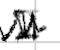
Text: II
Cross-out: zig-zag
Writing tool: digital_black